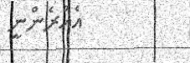
އެއުރެންނީ